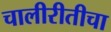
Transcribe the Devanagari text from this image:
चालीरीतीचा